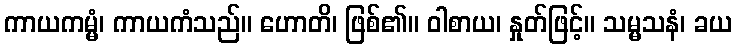
ကာယကမ္မံ၊ ကာယကံသည်။ ဟောတိ၊ ဖြစ်၏။ ဝါစာယ၊ နှုတ်ဖြင့်။ သမ္မသနံ၊ ခယ